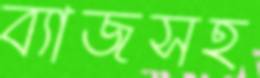
ব্যাজসহ